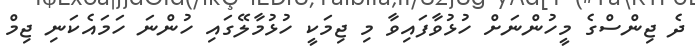
ދެ ޖިންސްގެ މީހުންނަށް ހުޅުވާފައިވާ މި ޖިމަކީ ހުޅުމާލޭގައި ހުންނަ ހަމައެކަނި ޖިމް